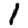
Digit: 1